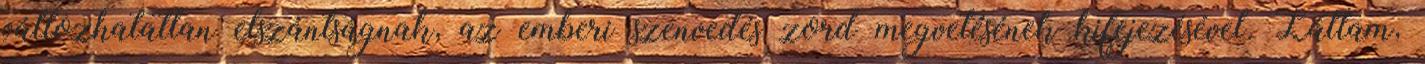
változhatatlan elszántságnak, az emberi szenvedés zord megvetésének kifejezésével. Láttam,